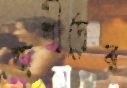
পাপীদের